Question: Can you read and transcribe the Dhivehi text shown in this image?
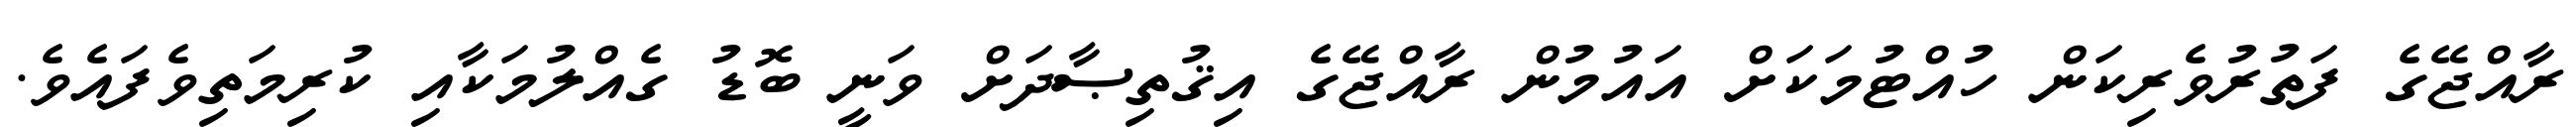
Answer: ރާއްޖޭގެ ފަތުރުވެރިކަން ހުއްޓުމަކަށް އައުމުން ރާއްޖޭގެ އިޤުތިޞާދަށް ވަނީ ބޮޑު ގެއްލުމަކާއި ކުރިމަތިވެފައެވެ.